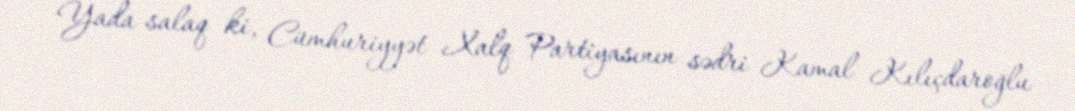
Yada salaq ki, Cümhuriyyət Xalq Partiyasının sədri Kamal Kılıçdaroğlu